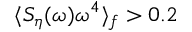
\langle S _ { \eta } ( \omega ) \omega ^ { 4 } \rangle _ { f } > 0 . 2